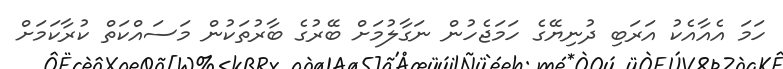
ހަމަ އެއާއެކު އަރަބި ދުނިޔޭގެ ހަމަޖެހުން ނަގާލުމަށް ބޭރުގެ ބާރުތަކުން މަސައްކަތް ކުރާކަމަށް